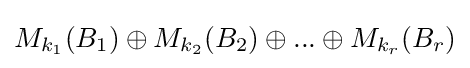
M_{k_{1}}(B_{1})\oplus M_{k_{2}}(B_{2})\oplus ...\oplus M_{k_{r}}(B_{r})